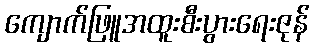
ကျောက်ဖြူအထူးစီးပွားရေးဇုန်